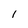
Character: I